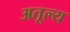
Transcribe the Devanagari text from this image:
अतूल्य